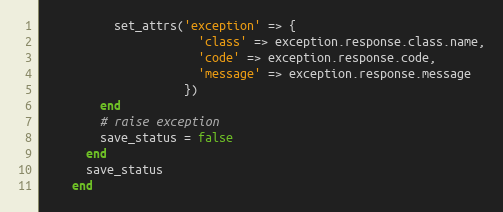
Language: Ruby
          set_attrs('exception' => {
                      'class' => exception.response.class.name,
                      'code' => exception.response.code,
                      'message' => exception.response.message
                    })
        end
        # raise exception
        save_status = false
      end
      save_status
    end